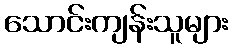
သောင်းကျန်းသူများ